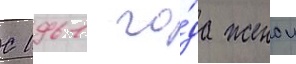
С 1961 го́да женои